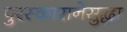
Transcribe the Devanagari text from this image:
पुरस्कारानेसुद्धा